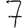
Digit: 7